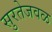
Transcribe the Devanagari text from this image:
सुरतेजवळ